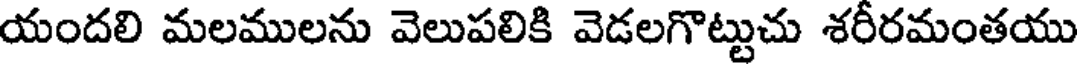
యందలి మలములను వెలుపలికి వెడలగొట్టుచు శరీరమంతయు